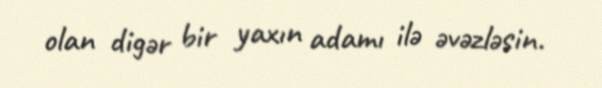
olan digər bir yaxın adamı ilə əvəzləsin.